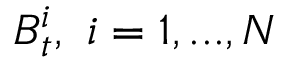
B _ { t } ^ { i } , \ i = 1 , . . . , N